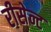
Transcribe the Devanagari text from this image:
रीसेन्ट